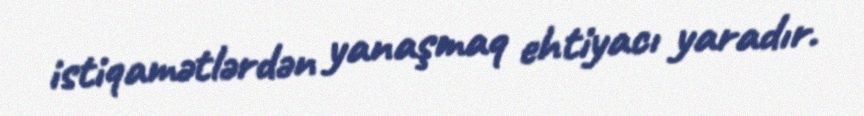
istiqamətlərdən yanaşmaq ehtiyacı yaradır.